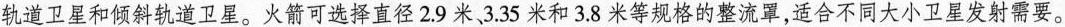
轨道卫星和倾斜轨道卫星。火箭可选择直径2 . 9米3 . 3 5米和3 . 8米等规格的整流罩，适合不同大小卫星发射需要。